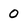
Character: 0